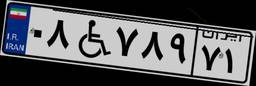
۰۸W۷۸۹۷۱